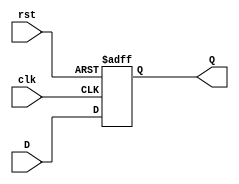
`timescale 1ns / 1ps
//////////////////////////////////////////////////////////////////////////////////
// Company: 
// Engineer: 
// 
// Design Name: 
// Module Name: exp1
// Project Name: 
// Target Devices: 
// Tool Versions: 
// Description: 
// 
// Dependencies: 
// 
// Revision:
// Revision 0.01 - File Created
// Additional Comments:
// 
//////////////////////////////////////////////////////////////////////////////////


module DFlipFlop
 (input clk, input rst, input D, output reg Q);
 always @ (posedge clk or posedge rst)
 if (rst) begin
 Q <= 1'b0;
 end else begin
 Q <= D;
 end
endmodule